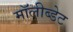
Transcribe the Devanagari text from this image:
मॉलीब्डेट